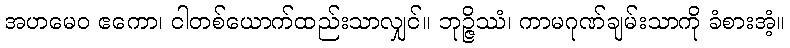
အဟမေဝ ဧကော၊ ငါတစ်ယောက်ထည်းသာလျှင်။ ဘုဉ္ဇိဿံ၊ ကာမဂုဏ်ချမ်းသာကို ခံစားအံ့။